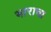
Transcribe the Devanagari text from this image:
भाराचा